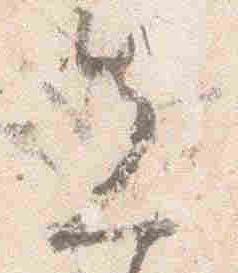
先